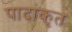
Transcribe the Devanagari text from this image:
पादांकृत